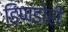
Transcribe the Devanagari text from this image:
डिण्डोरी